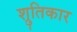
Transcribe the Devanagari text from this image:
श्रुतिकार